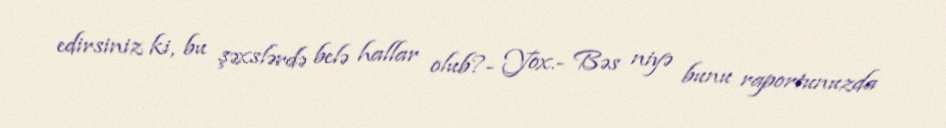
edirsiniz ki, bu şəxslərdə belə hallar olub?- Yox.- Bəs niyə bunu raportunuzda